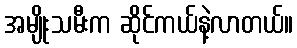
အမျိုးသမီးက ဆိုင်ကယ်နဲ့လာတယ်။